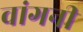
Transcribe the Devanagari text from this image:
वांगनी